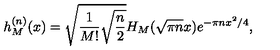
h _ { M } ^ { ( n ) } ( x ) = \sqrt { \frac { 1 } { M ! } \sqrt { \frac { n } { 2 } } } H _ { M } ( \sqrt { \pi n } x ) e ^ { - \pi n x ^ { 2 } / 4 } ,